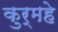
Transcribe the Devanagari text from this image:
कुर्महे